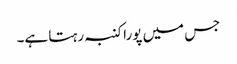
جس میں پورا کنبہ رہتا ہے۔